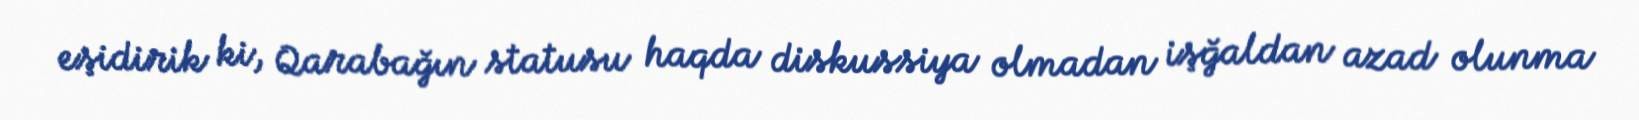
eşidirik ki, Qarabağın statusu haqda diskussiya olmadan işğaldan azad olunma